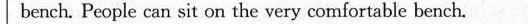
bench. People can sit on the very comfortable bench.